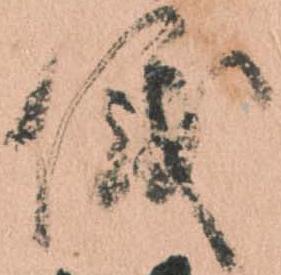
儀